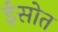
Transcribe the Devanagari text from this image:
ईसोत